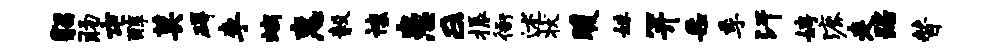
貂肠屯醇莫碍李螭惠毅禳患a振衙述状暖妹笄采季汗娉漉走踞替